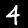
Label: 4